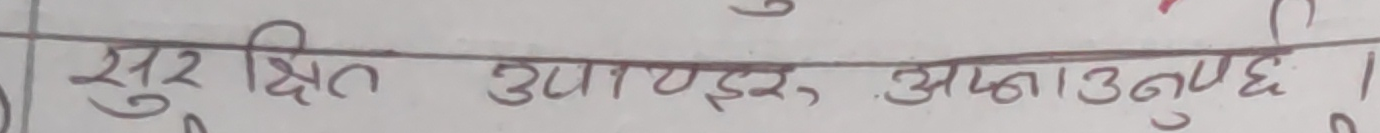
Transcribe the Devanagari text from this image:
सुरक्षित उपायहरु, अपनाउनुपर्छ ।